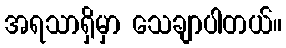
အရသာရှိမှာ သေချာပါတယ်။